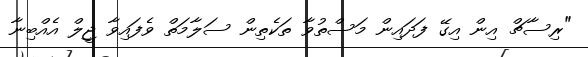
"ރިސާޗް އިން އިގޭ ފަދައިން މަސްތުވާ ތަކެތިން ސަލާމަތް ވެފައިވާ ޖީލް އެއްބިނާ